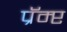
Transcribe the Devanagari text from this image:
प्रॅम्प्ट